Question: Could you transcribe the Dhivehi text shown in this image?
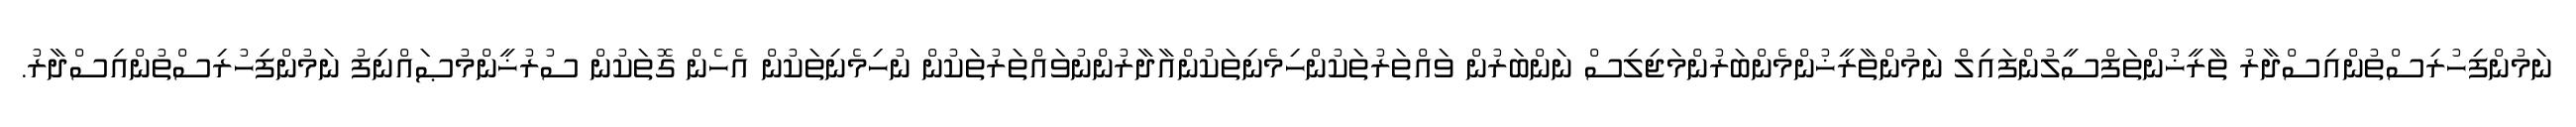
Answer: ނަމުންފިހުރިސްތުންއިސްދާރު ތާރީޚުންތަފްސީލުންފައިލް ނަމުންތާރީޚުންމެންބަރުންމަޖިލިސް ނަންބަރުން ވައްތަރުތަކުންހިމެނިތަކުންއާދާރުންނުވައްތަރުތަކުން ނުހިމެނިތަކުން އެހެން ގޮތަކުން ސުރުޚީންމުޞައްނިފު ނަމުންފިހުރިސްތުންއިސްދާރު.